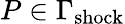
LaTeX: P\in\Gamma_{\mathrm{{shock}}}